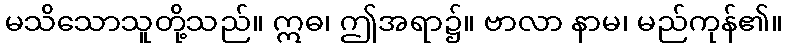
မသိသောသူတို့သည်။ ဣဓ၊ ဤအရာ၌။ ဗာလာ နာမ၊ မည်ကုန်၏။